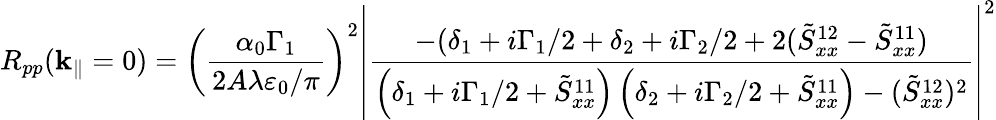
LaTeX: R_{pp}(\mathbf{k}_{\| }=0)=\left(\frac{\alpha_{0}\Gamma_{1}}{2A\lambda\varepsilon_{0}/\pi}\right)^{2}\left|\frac{-(\delta_{1}+i\Gamma_{1}/2+\delta_{2}+i\Gamma_{2}/2+2(\tilde{S}_{xx}^{12}-\tilde{S}_{xx}^{11})}{\left(\delta_{1}+i\Gamma_{1}/2+\tilde{S}_{xx}^{11}\right)\left(\delta_{2}+i\Gamma_{2}/2+\tilde{S}_{xx}^{11}\right)-(\tilde{S}_{xx}^{12})^{2}}\right|^{2}